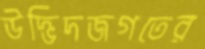
উদ্ভিদজগতের